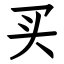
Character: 买